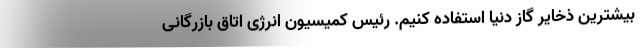
بیشترین ذخایر گاز دنیا استفاده کنیم. رئیس کمیسیون انرژی اتاق بازرگانی